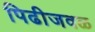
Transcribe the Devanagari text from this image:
पिढीजवळ